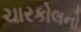
ચારકોલનો